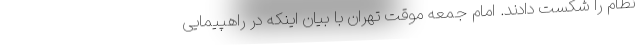
نظام را شکست دادند. امام جمعه موقت تهران با بیان اینکه در راهپیمایی